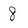
Character: 8